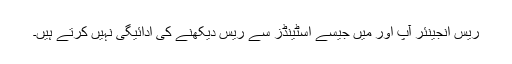
ریس انجینئر آپ اور میں جیسے اسٹینڈز سے ریس دیکھنے کی ادائیگی نہیں کرتے ہیں۔